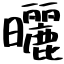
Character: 曬